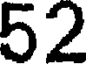
52